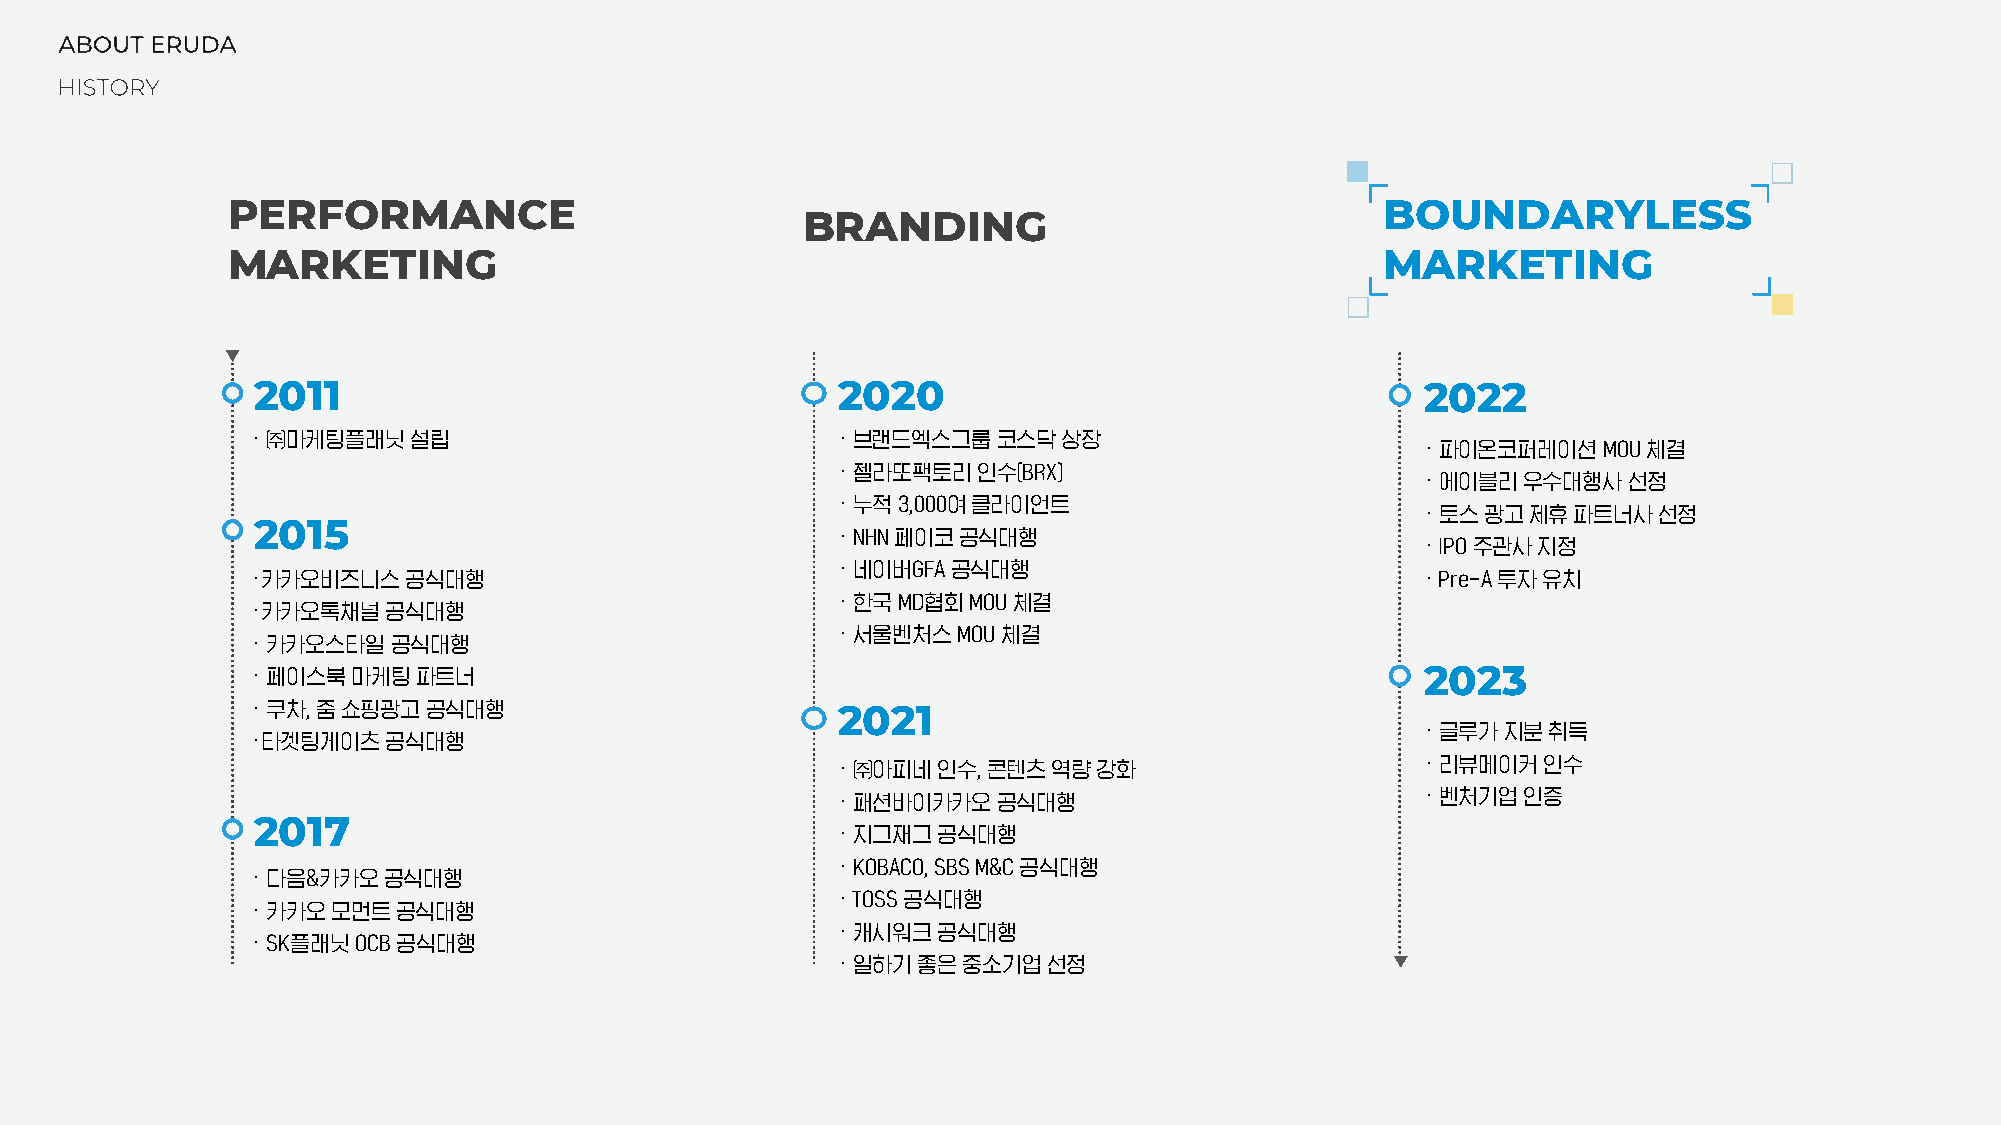
PERFORMANCE                                                                  BOUNDARYLESS
 BRANDING
 MARKETING                                                                    MARKETING
 2011                                  2020                                   2022
 · ㈜마케팅플래닛설립                           · 브랜드엑스그룹코스닥상장
 · 파이온코퍼레이션MOU  체결
 · 젤라또팩토리인수(BRX)
 · 에이블리우수대행사선정
 · 누적3,000여클라이언트
 · 토스광고제휴파트너사선정
 2015
 · NHN페이코공식대행
 · IPO주관사지정
 · 네이버GFA 공식대행
 ·카카오비즈니스공식대행                                                                 · Pre-A 투자유치
 ·한국MD협회MOU  체결
 ·카카오톡채널공식대행
 ·서울벤처스MOU  체결
 · 카카오스타일공식대행
 · 페이스북마케팅파트너                                                                 2023
 · 쿠차, 줌쇼핑광고공식대행                       2021
 · 글루가지분취득
 ·타겟팅게이츠공식대행
 · ㈜아피네인수,콘텐츠역량강화                       · 리뷰메이커인수
 · 패션바이카카오공식대행                          · 벤처기업인증
 2017
 · 지그재그공식대행
 · KOBACO, SBS M&C 공식대행
 · 다음&카카오공식대행
 · TOSS 공식대행
 · 카카오모먼트공식대행
 · 캐시워크공식대행
 · SK플래닛OCB 공식대행
 ·일하기좋은중소기업선정